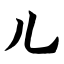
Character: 儿